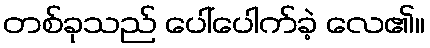
တစ်ခုသည် ပေါ်ပေါက်ခဲ့ လေ၏။